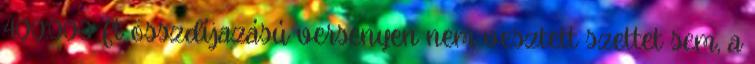
400.000 Ft összdíjazású versenyen nem vesztett szettet sem, a